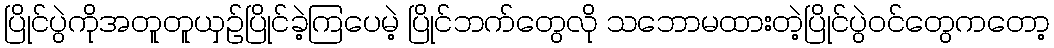
ပြိုင်ပွဲကိုအတူတူယှဉ်ပြိုင်ခဲ့ကြပေမဲ့ ပြိုင်ဘက်တွေလို သဘောမထားတဲ့ပြိုင်ပွဲဝင်တွေကတော့